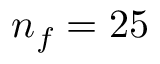
n _ { f } = 2 5